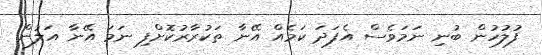
ފުލުހުން ބުނި ނަމަވެސް އެފަދަ ކަމެއް އޭނާ ތަކުރާރުކޮށްފި ނަމަ އޭނާ އަލުން